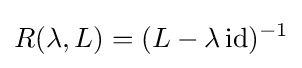
R(\lambda ,L)=(L-\lambda \,\mathrm {id} )^{-1}